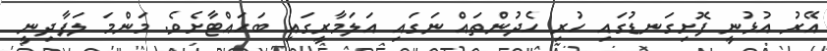
އޭރު އުޅުނީ ފޮށިގަނޑުގައި ހުރި ހެދުންތައް ނަގައި އަލަމާރީގައި ބަހައްޓާށެވެ. މަންމަ ލަފާދިނީ